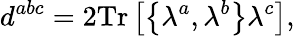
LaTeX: d^{abc}=2\mathrm{Tr}\left[\left\{ \lambda^{a},\lambda^{b}\right\} \lambda^{c}\right],